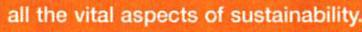
all the vital aspects of sustainability.